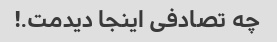
چه تصادفی اینجا دیدمت.!